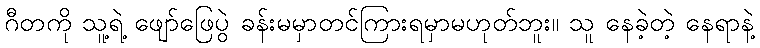
ဂီတကို သူ့ရဲ့ ဖျော်ဖြေပွဲ ခန်းမမှာတင်ကြားရမှာမဟုတ်ဘူး။ သူ နေခဲ့တဲ့ နေရာနဲ့